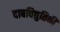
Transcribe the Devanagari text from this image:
दाबविद्युतिकी